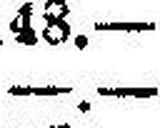
—.—